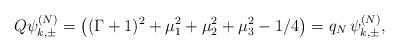
LaTeX: \begin{align*} Q\psi_{k,\pm}^{(N)}=\left((\Gamma+1)^2+\mu_1^2+\mu_2^2+\mu_3^2-1/4\right)=q_{N}\,\psi_{k,\pm}^{(N)},\end{align*}